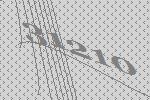
31210